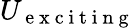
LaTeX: U_{\mathrm{~e~x~c~i~t~i~n~g~}}